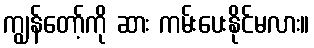
ကျွန်တော့်ကို ဆား ကမ်းပေးနိုင်မလား။